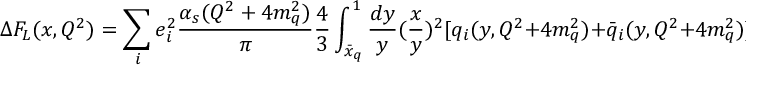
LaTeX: \Delta F _ { L } ( x , Q ^ { 2 } ) = \sum _ { i } e _ { i } ^ { 2 } \frac { \alpha _ { s } ( Q ^ { 2 } + 4 m _ { q } ^ { 2 } ) } { \pi } \frac { 4 } { 3 } \int _ { \bar { x } _ { q } } ^ { 1 } \frac { d y } { y } ( \frac { x } { y } ) ^ { 2 } [ q _ { i } ( y , Q ^ { 2 } + 4 m _ { q } ^ { 2 } ) + \bar { q } _ { i } ( y , Q ^ { 2 } + 4 m _ { q } ^ { 2 } ) ] \; .